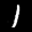
Label: 1